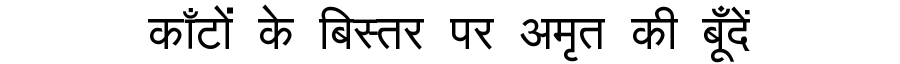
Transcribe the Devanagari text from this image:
काँटों के बिस्तर पर अमृत की बूँदें